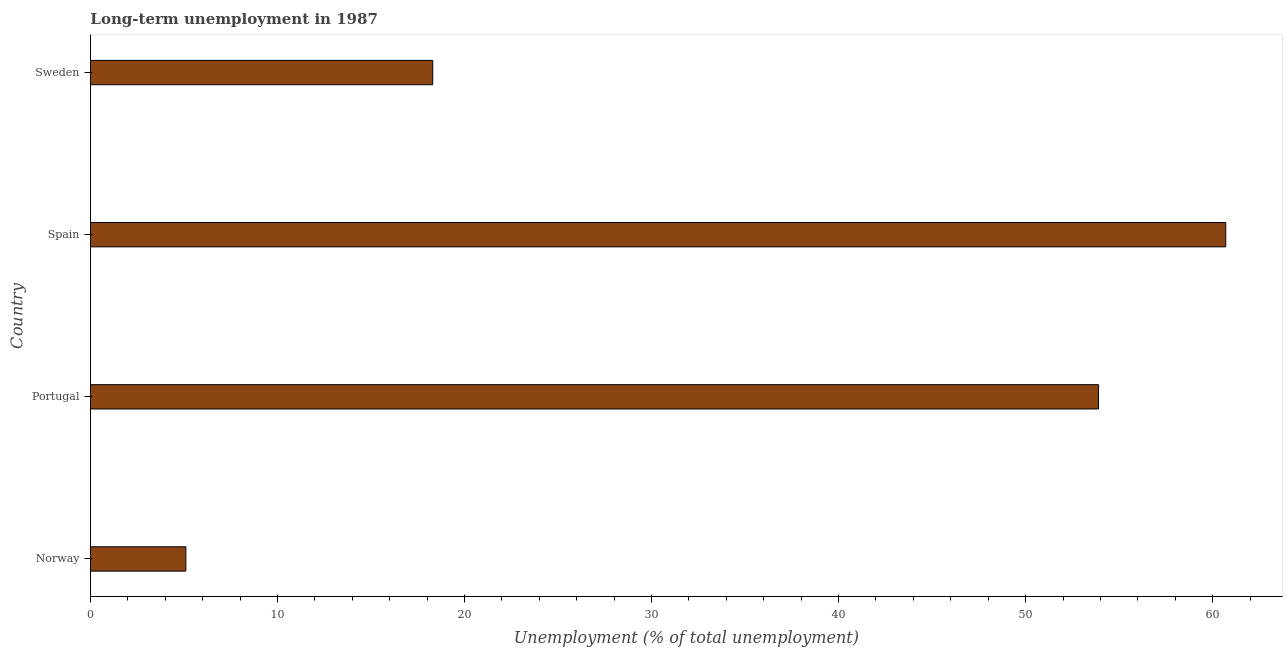
| Country | Long-term unemployment  |
 | --- | --- |
 | Norway | 5.1 |
 | Portugal | 53.9 |
 | Spain | 60.7 |
 | Sweden | 18.3 |